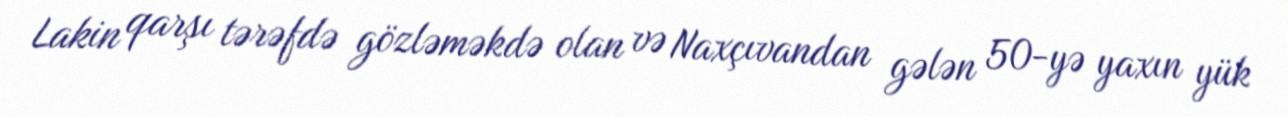
Lakin qarşı tərəfdə gözləməkdə olan və Naxçıvandan gələn 50-yə yaxın yük